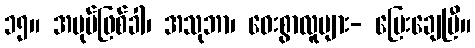
၁၅။ အပုပ်ဖြစ်ခါ၊ အသုဘာ၊ ဝေးစွာလူများ- ပြေးချေပြီ။